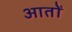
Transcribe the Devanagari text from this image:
आतों